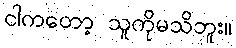
ငါကတော့ သူကိုမသိဘူး။